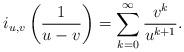
LaTeX: \begin{align*}i_{u,v}\left(\frac{1}{u-v}\right)=\sum_{k=0}^{\infty}\frac{v^k}{u^{k+1}}.\end{align*}